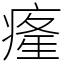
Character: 𤸇